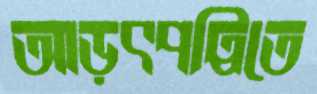
আড়ৎপট্টিতে